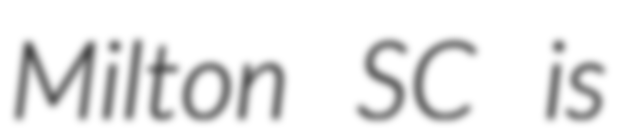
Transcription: Milton SC is